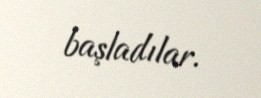
başladılar.